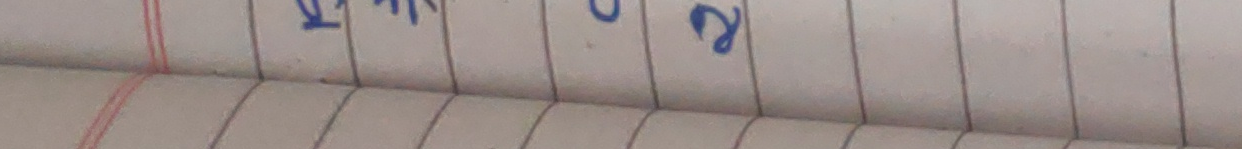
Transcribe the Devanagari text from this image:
१ ग २